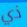
ذي